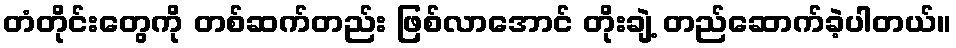
တံတိုင်းတွေကို တစ်ဆက်တည်း ဖြစ်လာအောင် တိုးချဲ့ တည်ဆောက်ခဲ့ပါတယ်။